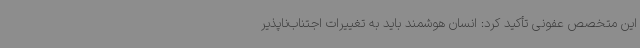
این متخصص عفونی تأکید کرد: انسان هوشمند باید به تغییرات اجتناب‌ناپذیر